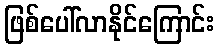
ဖြစ်ပေါ်လာနိုင်ကြောင်း